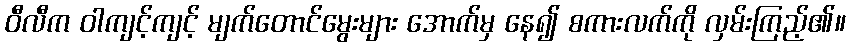
ဝီလီက ဝါကျင့်ကျင့် မျက်တောင်မွေးများ အောက်မှ နေ၍ စကားလက်ကို လှမ်းကြည့်၏။